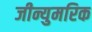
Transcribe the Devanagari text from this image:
जीन्युमरिक